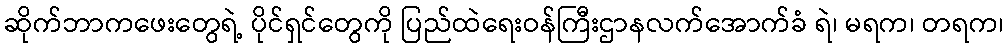
ဆိုက်ဘာကဖေးတွေရဲ့ ပိုင်ရှင်တွေကို ပြည်ထဲရေးဝန်ကြီးဌာနလက်အောက်ခံ ရဲ၊ မရက၊ တရက၊